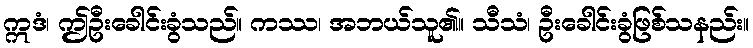
ဣဒံ၊ ဤဦးခေါင်းခွံသည်။ ကဿ၊ အဘယ်သူ၏။ သီသံ၊ ဦးခေါင်းခွံဖြစ်သနည်း။